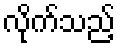
လိုက်သည့်